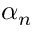
\alpha _ { n }